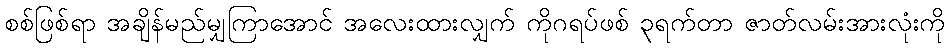
စစ်ဖြစ်ရာ အချိန်မည်မျှကြာအောင် အလေးထားလျှက် ကိုဂရပ်ဖစ် ၃ရက်တာ ဇာတ်လမ်းအားလုံးကို